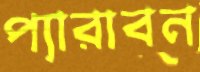
প্যারাবন